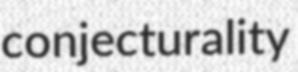
conjecturality